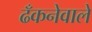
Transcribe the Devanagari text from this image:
ढँकनेवाले